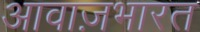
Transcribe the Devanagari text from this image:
आवाज़भारत